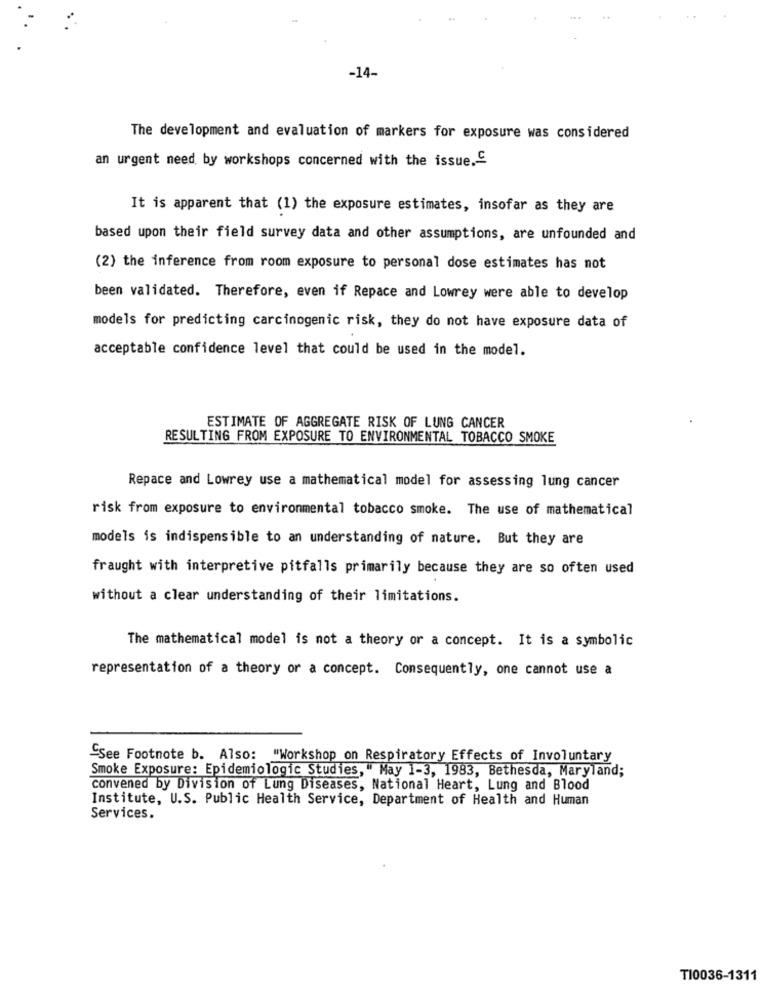
-14-
The development and evaluation of markers for exposure was considered
an urgent need by workshops concerned with the issue.C
It is apparent that (1) the exposure estimates, insofar as they are
based upon their field survey data and other assumptions, are unfounded and
(2) the inference from room exposure to personal dose estimates has not
been validated. Therefore, even if Repace and Lowrey were able to develop
models for predicting carcinogenic risk, they do not have exposure data of
acceptable confidence level that could be used in the model.
ESTIMATE OF AGGREGATE RISK OF LUNG CANCER
RESULTING FROM EXPOSURE TO ENVIRONMENTAL TOBACCO SMOKE
Repace and Lowrey use a mathematical model for assessing lung cancer
risk from exposure to environmental tobacco smoke. The use of mathematical
models is indispensible to an understanding of nature. But they are
fraught with interpretive pitfalls primarily because they are so often used
without a clear understanding of their limitations.
The mathematical model is not a theory or a concept. It is a symbolic
representation of a theory or a concept. Consequently, one cannot use a
"See Footnote b. Also: "Workshop on Respiratory Effects of Involuntary
Smoke Exposure: Epidemiologic Studies," May 1-3, 1983, Bethesda, Maryland;
convened by Division of Lung Diseases, National Heart, Lung and Blood
Institute, U.S. Public Health Service, Department of Health and Human
Services.
TI0036-1311